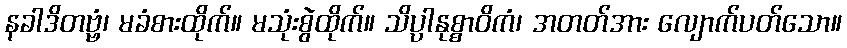
နခါဒိတဗ္ဗံ၊ မခံစားထိုက်။ မသုံးစွဲထိုက်။ သိပ္ပာနုစ္စာဝိကံ၊ အတတ်အား လျောက်ပတ်သော။